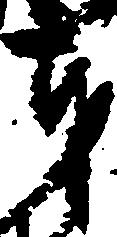
奉